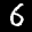
Label: 6